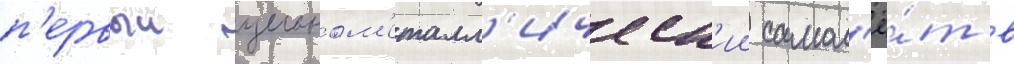
п'ервыи цельном'еталл'ическ'ии самол'ё́т в